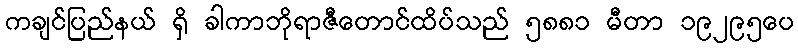
ကချင်ပြည်နယ် ရှိ ခါကာဘိုရာဇီတောင်ထိပ်သည် ၅၈၈၁ မီတာ ၁၉၂၉၅ပေ